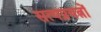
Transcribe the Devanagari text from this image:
सत्यप्रयत्नों